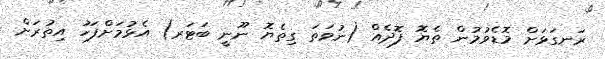
ރަނގަޅަށް މޮޑެވުމުން ތެޔޮ ފޮދެއް (ނުވަތަ ގިތެޔޮ ނޫނީ ބަޓަރ) އެޅުމަށްފަހު އިތުރަށް